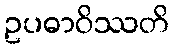
ဥပဓာဝိဿတိ